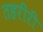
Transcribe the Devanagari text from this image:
तहरीरी